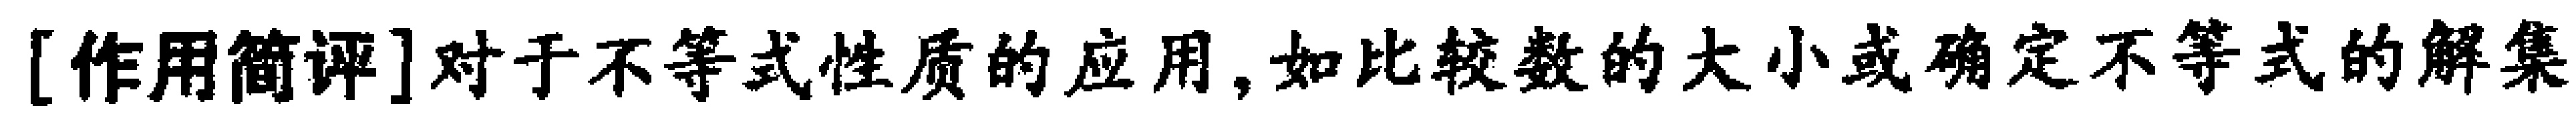
[作用简评]对于不等式性质的应用,如比较数的大小或确定不等式的解集